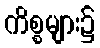
ကိစ္စများ၌